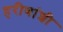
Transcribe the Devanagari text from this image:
हरीणांशी